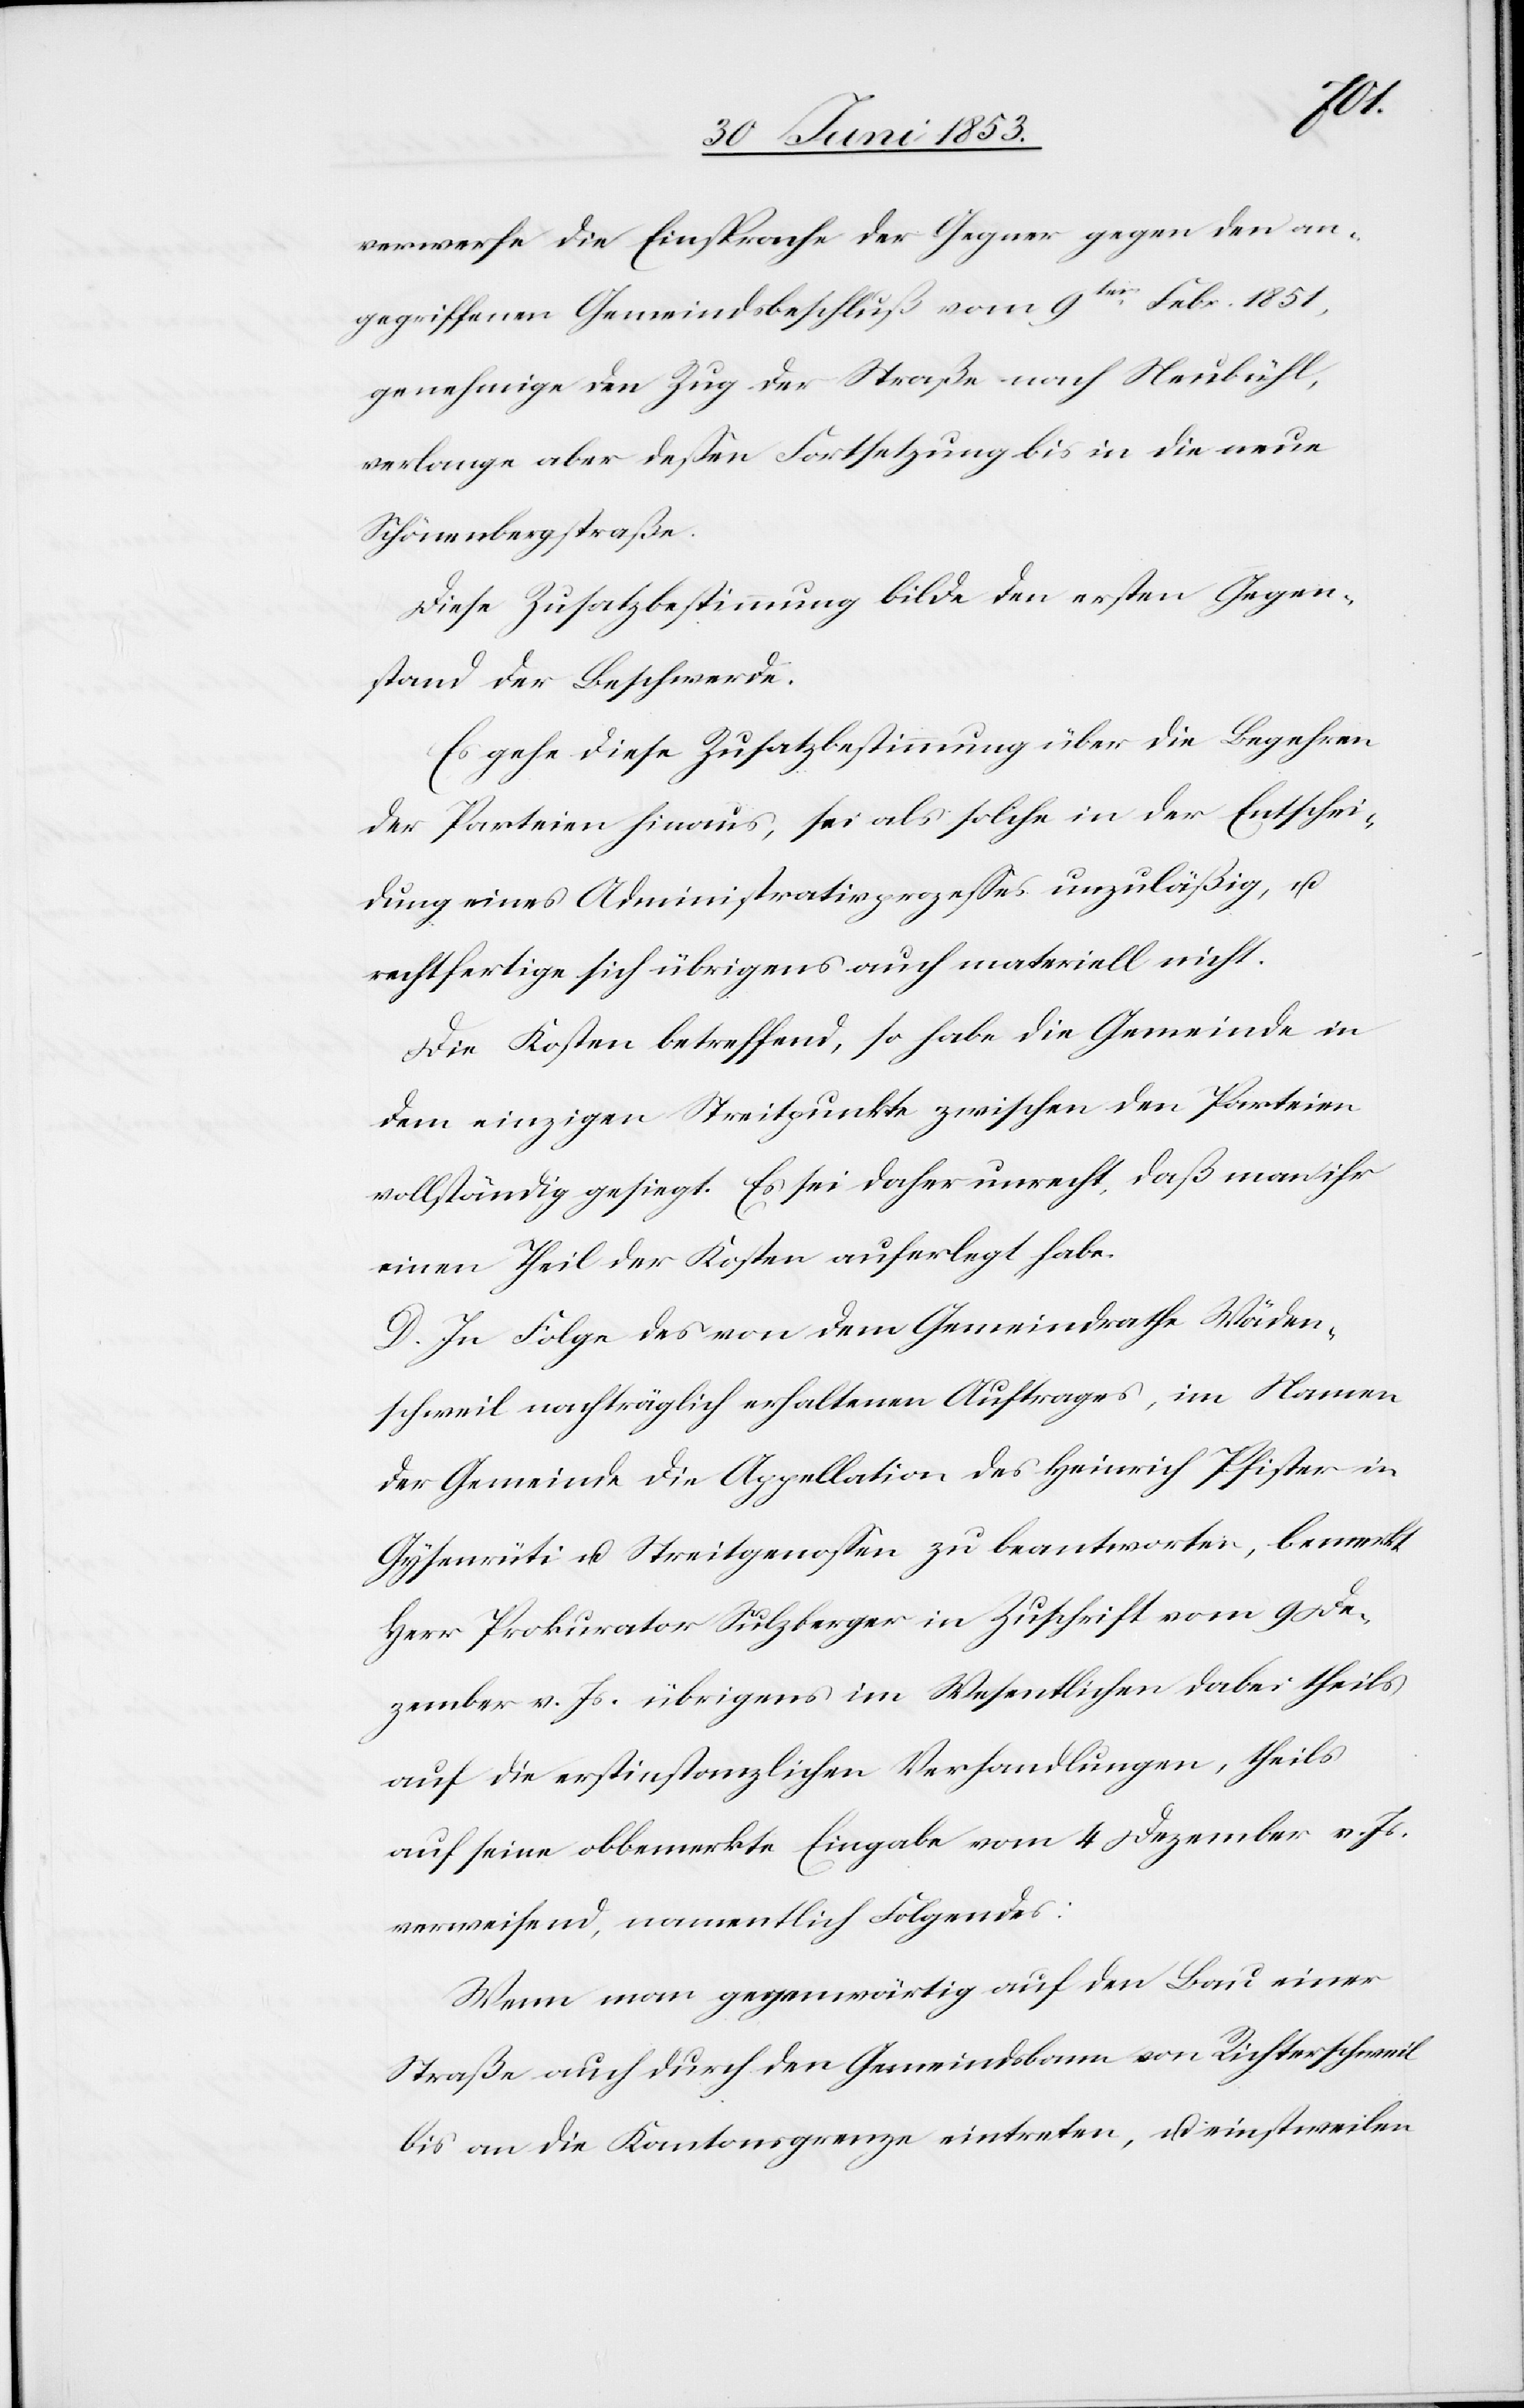
verwerfe die Einsprache der Gegner gegen den an¬
gegriffenen Gemeindsbeschluß vom 9ten Febr. 1851,
genehmige den Zug der Straße nach Neubühl,
verlange aber deßen Fortsetzung in die neue
Schönenbergstraße.
Diese Zusatzbestimmung bilde den ersten Gegen¬
stand der Beschwerde.
Es gehe diese Zusatzbestimmung über die Begehren
der Parteien hinaus, sei als solche in der Entschei¬
dung eines Administrativprozeßes unzuläßig, u.
rechtfertige sich übrigens auch materiell nicht.
Die Kosten betreffend, so habe die Gemeinde in
dem einzigen Streitpunkte zwischen den Parteien
vollständig gesiegt. Es sei daher unrecht, daß man ihr
einen Theil der Kosten auferlegt habe.
D. In Folge des von dem Gemeindrathe Wäden¬
schweil nachträglich erhaltenen Auftrages, im Namen
der Gemeinde die Appellation des Heinrich Pfister in
Gisenrüti u. Streitgenoßen zu beantworten, bemerkt
Herr Prokurator Sulzberger in Zuschrift vom 9 De¬
zember v. Js. übrigens im Wesentlichen dabei theils
auf seine obbemerkte Eingabe vom 4 Dezember v. Js.
verweisend, namentlich Folgendes:
Wenn man gegenwärtig auf den Bau einer
Straße auch durch den Gemeindsbann von Richterschweil
bis an die Kantonsgrenze eintreten, u. einstweilen